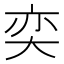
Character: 奕